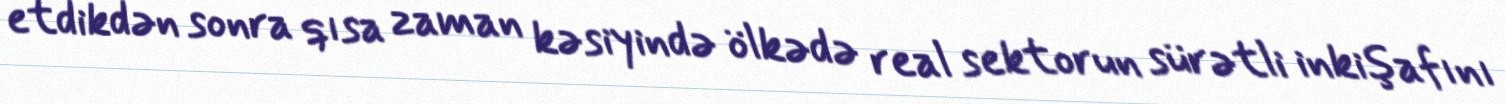
etdikdən sonra qısa zaman kəsiyində ölkədə real sektorun sürətli inkişafını